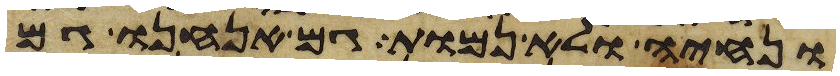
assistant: ונחיה ולא נמות גם אנחנו גם